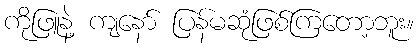
ကိုဖြူနဲ့ ကျနော် ပြန်မဆုံဖြစ်ကြတော့ဘူး။